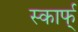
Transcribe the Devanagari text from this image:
स्कार्फ्